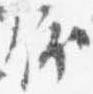
依